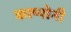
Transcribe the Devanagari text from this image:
काप्पोनी